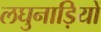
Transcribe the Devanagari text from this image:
लघुनाड़ियों